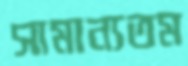
সামান্যতম